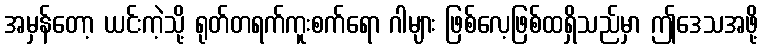
အမှန်တော့ ယင်းကဲ့သို့ ရုတ်တရက်ကူးစက်ရော ဂါများ ဖြစ်လေ့ဖြစ်ထရှိသည်မှာ ဤဒေသအဖို့